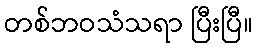
တစ်ဘဝသံသရာ ပြီးပြီ။